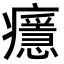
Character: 𤻘